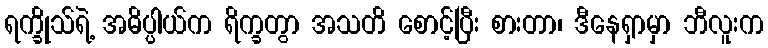
ရက္ခိုသ်ရဲ့ အဓိပ္ပါယ်က ရိက္ခတွာ အသတိ စောင့်ပြီး စားတာ၊ ဒီနေရှာမှာ ဘီလူးက